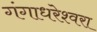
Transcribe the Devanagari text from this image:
गंगाधरेश्वरा